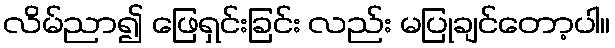
လိမ်ညာ၍ ဖြေရှင်းခြင်း လည်း မပြုချင်တော့ပါ။